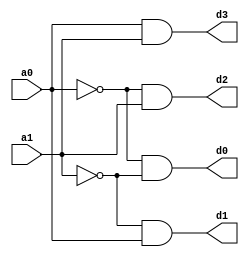
//Design a 2x4 decoder using verilog
module two_to_4_decoder(a0,a1,d0,d1,d2,d3);
input a0,a1;
output d0,d1,d2,d3;
wire w1,w2;
not not_a0(w1,a0);
not not_a1(w2,a1);
and not_a0_to_not_a1(d0,w1,w2);
and a0_to_not_a1(d1,w2,a0);
and not_a0_to_a1(d2,w1,a1);
and a0_to_a1(d3,a0,a1);
endmodule



module test_decoder;
reg a0,a1;
wire d0,d1,d2,d3;
two_to_4_decoder test(a0,a1,d0,d1,d2,d3);
initial begin
    $dumpfile("wave.vcd");
    $dumpvars(0, test_decoder);

    $monitor("a0 = %b a1= %b d0= %b d1= %b d2 =%b d3 = %b ",a0,a1,d0,d1,d2,d3);

    a0=0;a1=0;#100;
    a0=0;a1=1;#100;
    a0=1;a1=0;#100;
    a0=1;a1=1;#100;

end
endmodule